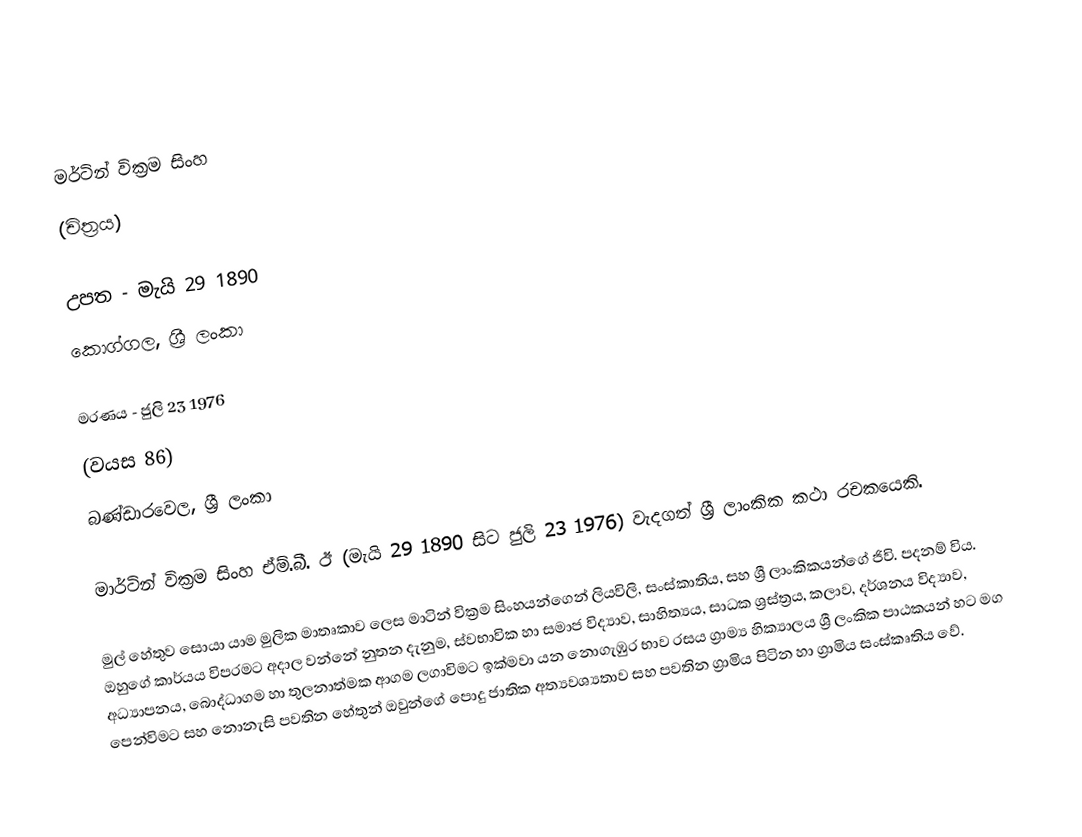
මර්ටින් වික්‍රම සිංහ
(චිත්‍රය)

උපත 	-	මැයි 29 1890
		කොග්ගල, ශ්‍රී ලංකා

මරණය	-	ජුලි 23 1976
		(වයස 86)
		බණ්ඩාරවෙල, ශ්‍රී ලංකා

	මාර්ටින් වික්‍රම සිංහ ඒම්.බී. ඊ (මැයි 29 1890 සිට ජුලි 23 1976) වැදගත් ශ්‍රී ලාංකික කථා රචකයෙකි.

මුල් හේතුව සොයා යාම මුලික මාතෘකාව ලෙස මාටින් වික්‍රම සිංහයන්ගෙන් ලියවිලි, සංස්කාතිය, සහ ශ්‍රී ලාංකිකයන්ගේ ජිවි. පදනම් විය. ඔහුගේ කාර්යය විපරමට අදාල වන්න‍ේ නුතන දැනුම, ස්වභාවික හා සමාජ විද්‍යාව, සාහිත්‍යය, සාධක ශ්‍රස්ත්‍රය, කලාව, දර්ශනය විද්‍යාව, අධ්‍යාපනය, බොද්ධාගම හා තුලනාත්මක ආගම ලගාවිමට ඉක්මවා යන නොගැඹුර භාව රසය ග්‍රාම්‍ය හික්‍යාලය ශ්‍රී ලංකික පාඨකයන් හට මග පෙන්විමට සහ නොනැසි පවතින හේතුන් ඔවුන්ගේ පොදු ජාතික අත්‍යවශ්‍යතාව සහ පවතින ග්‍රාමිය පිටින හා ග්‍රාමිය සංස්කෘතිය වේ.